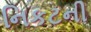
નિકટની